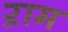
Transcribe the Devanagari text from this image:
ऱाम